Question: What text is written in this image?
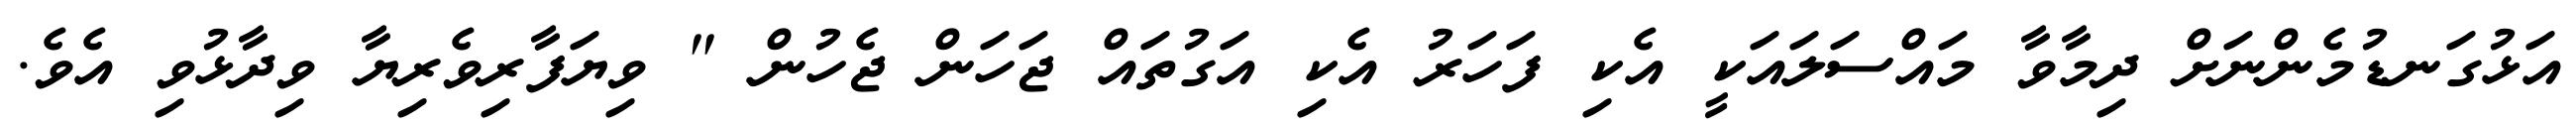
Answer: އަޅުގަނޑުމެންނަށް ދިމާވާ މައްސަލައަކީ އެކި ފަހަރު އެކި އަގުތައް ޖަހަން ޖެހުން " ވިޔަފާރިވެރިޔާ ވިދާޅުވި އެވެ.